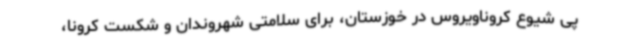
پی شیوع کروناویروس در خوزستان، برای سلامتی شهروندان و شکست کرونا،